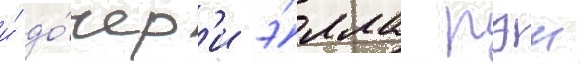
и́ до́чер'и э́лла рэи